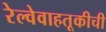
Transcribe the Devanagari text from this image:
रेल्वेवाहतूकीची